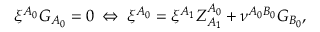
\xi ^ { A _ { 0 } } G _ { A _ { 0 } } = 0 \: \Leftrightarrow \: \xi ^ { A _ { 0 } } = \xi ^ { A _ { 1 } } Z _ { A _ { 1 } } ^ { A _ { 0 } } + \nu ^ { A _ { 0 } B _ { 0 } } G _ { B _ { 0 } } ,